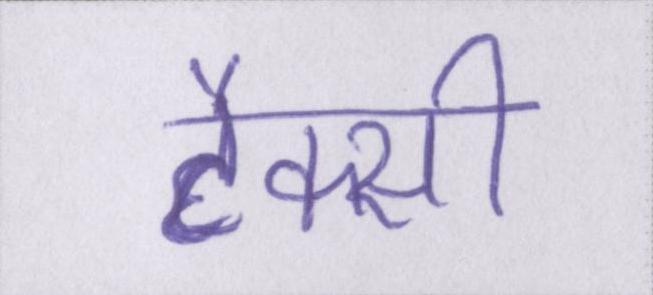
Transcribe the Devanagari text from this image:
टैक्सी